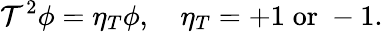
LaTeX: {\cal T}^{2}\phi=\eta_{T}\phi,\quad\eta_{T}=+1\; \mathrm{or}\; -1.